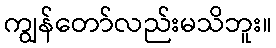
ကျွန်တော်လည်းမသိဘူး။